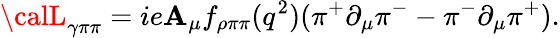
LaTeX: {\calL}_{\gamma\pi\pi}=ie\mathbf{A}_{\mu}f_{\rho\pi\pi}(q^{2})(\pi^{+}\partial_{\mu}\pi^{-}-\pi^{-}\partial_{\mu}\pi^{+}).